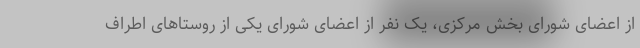
از اعضای شورای بخش مرکزی، یک نفر از اعضای شورای یکی از روستاهای اطراف